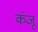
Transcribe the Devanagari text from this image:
कंजू